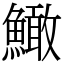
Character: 䲎